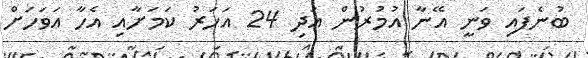
ބުނެފައި ވަނީ އޭނާ އުމުރުން އަދި 24 އަހަރު ކަމަށާއި އެހާ އަވަހަށް